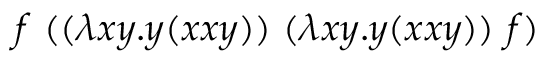
f \ ( ( \lambda x y . y ( x x y ) ) \ ( \lambda x y . y ( x x y ) ) \ f )